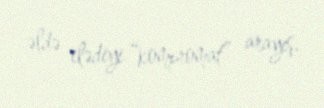
əldə elədiyi “kompromat” arayış.